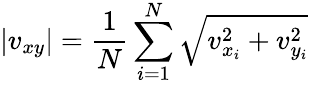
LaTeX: |v_{xy}|=\frac{1}{N}\sum_{i=1}^{N}{\sqrt{v_{x_{i}}^{2}+v_{y_{i}}^{2}}}